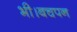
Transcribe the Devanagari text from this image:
भी।बचपन